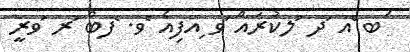
ަބ ްއ ަދ ުލކުރައް ަވ ިއފިއެ ެވ. ެފބް ުރ ަވރީ